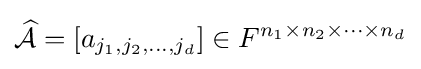
{\widehat {\mathcal {A}}}=[a_{j_{1},j_{2},\ldots ,j_{d}}]\in F^{n_{1}\times n_{2}\times \cdots \times n_{d}}